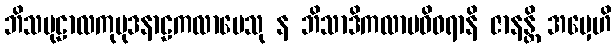
ဘိသမုဠာလကုမုဒနာဠကလာပေသု န ဘိသာဒိကလာပဝိဝရာနိ ဇာနန္တိ အမှေဟိ